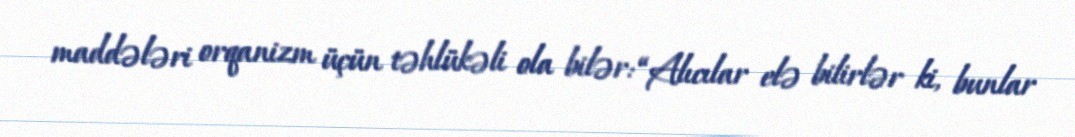
maddələri orqanizm üçün təhlükəli ola bilər: “Alıcılar elə bilirlər ki, bunlar